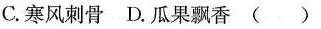
C.寒风刺骨 D.瓜果飘香()